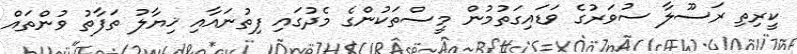
ކީރިތި ރަސޫލާ ސުވަރުގެ ވަޑައިގަތުމުން މީސްތަކުންގެ މެދުގައި ފިތުނައާއި ޚިޔާލު ތަފާތު ވުންތައް